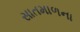
સાતમાળના